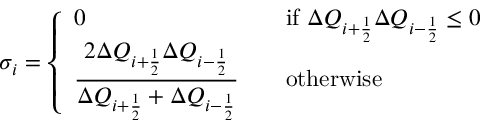
\sigma _ { i } = \left\{ \begin{array} { l l } { \displaystyle { 0 } \quad \quad \quad } & { \mathrm { i f ~ } \Delta Q _ { i + \frac { 1 } { 2 } } \Delta Q _ { i - \frac { 1 } { 2 } } \leq 0 } \\ { \displaystyle { \frac { 2 \Delta Q _ { i + \frac { 1 } { 2 } } \Delta Q _ { i - \frac { 1 } { 2 } } } { \Delta Q _ { i + \frac { 1 } { 2 } } + \Delta Q _ { i - \frac { 1 } { 2 } } } } \quad } & { \mathrm { o t h e r w i s e ~ } } \end{array} \right.